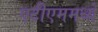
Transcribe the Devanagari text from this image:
एटीएममध्ये